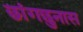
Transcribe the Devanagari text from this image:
छांगछुनास